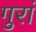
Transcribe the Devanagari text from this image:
गुरां